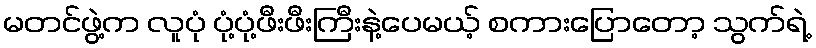
မတင်ဖွဲ့က လူပုံ ပုံ့ပုံ့ဖီးဖီးကြီးနဲ့ပေမယ့် စကားပြောတော့ သွက်ရဲ့